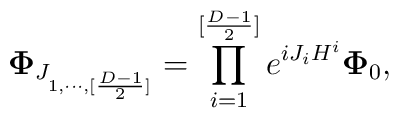
{\bf \Phi}_{J_{1,\cdots,[{{D-1}\over 2}]}} =\prod_{i=1}^{[{{D-1}\over 2}]}e^{{iJ_iH^i}}{\bf \Phi}_0,